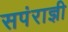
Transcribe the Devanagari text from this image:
सपंराज्ञी